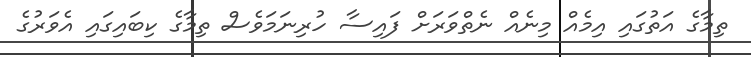
ތިމާގެ އަތުގައި އިމެއް މިނެއް ނެތްވަރަށް ފައިސާ ހުރިނަމަވެސް ތިމާގެ ކިބައިގައި އެވަރުގެ